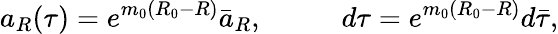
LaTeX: a_{R}(\tau)=e^{m_{0}(R_{0}-R)}\bar{a}_{R},\ \ \ \ \ \ \ \ \ \ \ d\tau=e^{m_{0}(R_{0}-R)}d\bar{\tau},